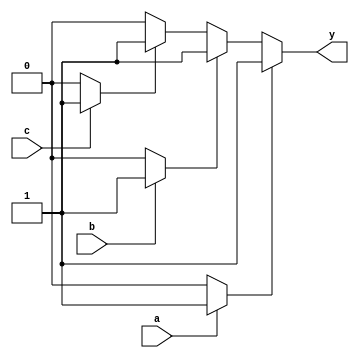
module multiple_drivers (
    input wire a,
    input wire b,
    input wire c,
    output wire y
);

// Internal signal declaration
wire driver1_out;
wire driver2_out;
wire driver3_out;

// Driver 1: Drives y based on input 'a'
always @(*) begin
    if (a) begin
        driver1_out = 1'b1; // High if 'a' is true
    end else begin
        driver1_out = 1'b0; // Low otherwise
    end
end

// Driver 2: Drives y based on input 'b'
always @(*) begin
    if (b) begin
        driver2_out = 1'b1; // High if 'b' is true
    end else begin
        driver2_out = 1'b0; // Low otherwise
    end
end

// Driver 3: Drives y based on input 'c'
always @(*) begin
    if (c) begin
        driver3_out = 1'b1; // High if 'c' is true
    end else begin
        driver3_out = 1'b0; // Low otherwise
    end
end

// Continuous assignment with priority resolution
assign y = (driver1_out) ? driver1_out : 
           (driver2_out) ? driver2_out : 
           (driver3_out) ? driver3_out : 
           1'b0; // Default to low if all drivers are low

endmodule